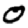
Digit: 0